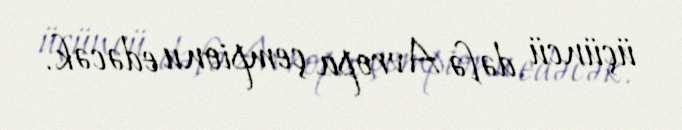
üçüncü dəfə Avropa çempionu edəcək.